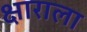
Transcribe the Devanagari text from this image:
क्षाराला